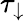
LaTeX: \tau_{\downarrow}